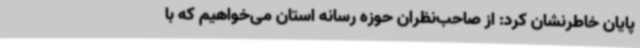
پایان خاطرنشان کرد: از صاحب‌نظران حوزه رسانه استان می‌خواهیم که با